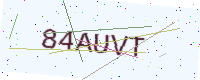
Text: 84AUVT